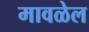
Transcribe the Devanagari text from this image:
मावळेल